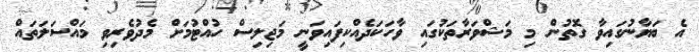
އެ ބަޔާނުގައިވާ ގޮތުން މި މަޝްވަރާތަކުގައި ވާހަކަދެއްކިފައިވަނީ މަޖިލިސް ހުއްޓުމަށް މެދުވެރިވި މައްސަލަތައް